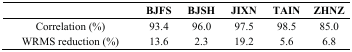
<table><thead><tr><td></td><td><b>BJFS</b></td><td><b>BJSH</b></td><td><b>JIXN</b></td><td><b>TAIN</b></td><td><b>ZHNZ</b></td></tr></thead><tbody><tr><td>Correlation (%)</td><td>93.4</td><td>96.0</td><td>97.5</td><td>98.5</td><td>85.0</td></tr><tr><td>WRMS reduction (%)</td><td>13.6</td><td>2.3</td><td>19.2</td><td>5.6</td><td>6.8</td></tr></tbody></table>